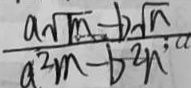
\frac { a \sqrt { m } - b \sqrt { n } } { a ^ { 2 } m - b ^ { 2 } }